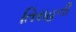
તિરાહની